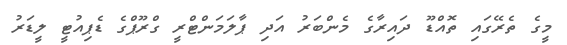
މީގެ ތެރޭގައި ތޮއްޑޫ ދައިރާގެ މެންބަރު އަދި ޕާލަމަންޓްރީ ގްރޫޕްގެ ޑެޕިއުޓީ ލީޑަރު